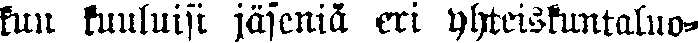
kun kuuluisi jäseniä eri Yhteiskuntaluo-